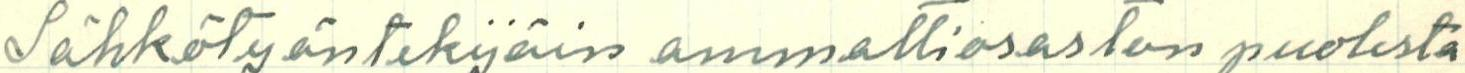
Sähkötyöntekijäin ammattiosaston puolesta